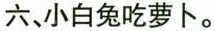
六、小白兔吃萝卜。